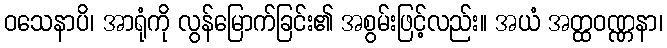
ဝသေနာပိ၊ အာရုံကို လွန်မြောက်ခြင်း၏ အစွမ်းဖြင့်လည်း။ အယံ အတ္ထဝဏ္ဏနာ၊